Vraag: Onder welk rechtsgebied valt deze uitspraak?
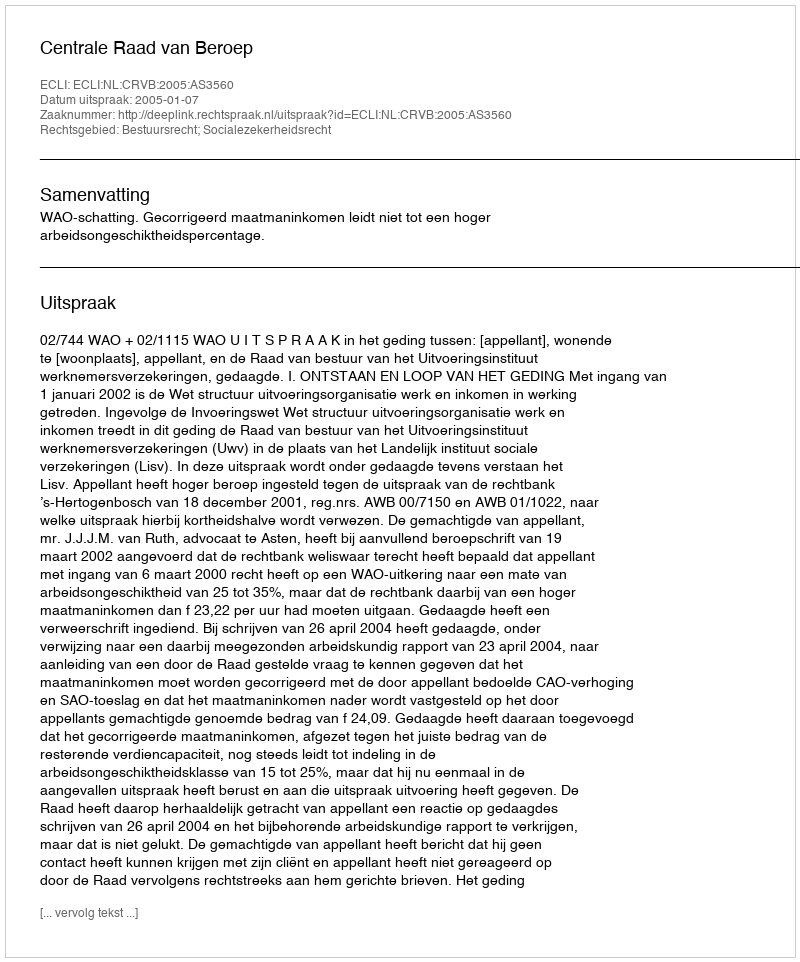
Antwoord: Bestuursrecht; Socialezekerheidsrecht